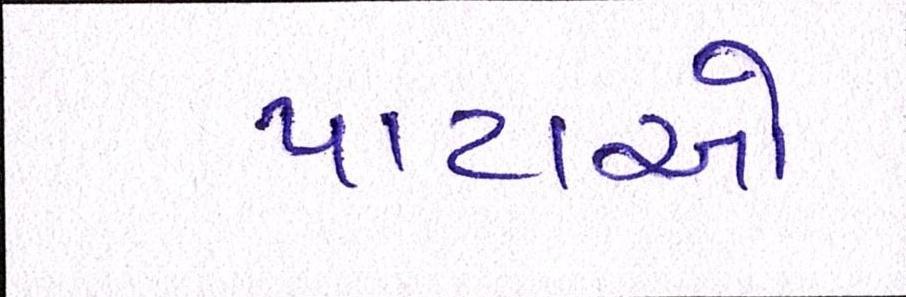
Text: પાટાઓ